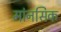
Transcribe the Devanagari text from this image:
मांनसिक